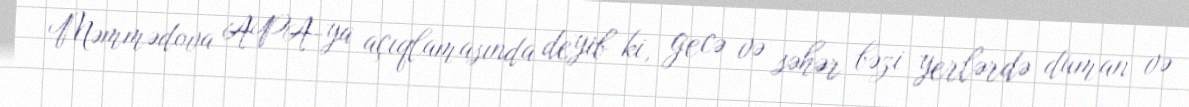
Məmmədova APA-ya açıqlamasında deyib ki, gecə və səhər bəzi yerlərdə duman və